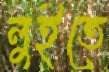
লুইতে